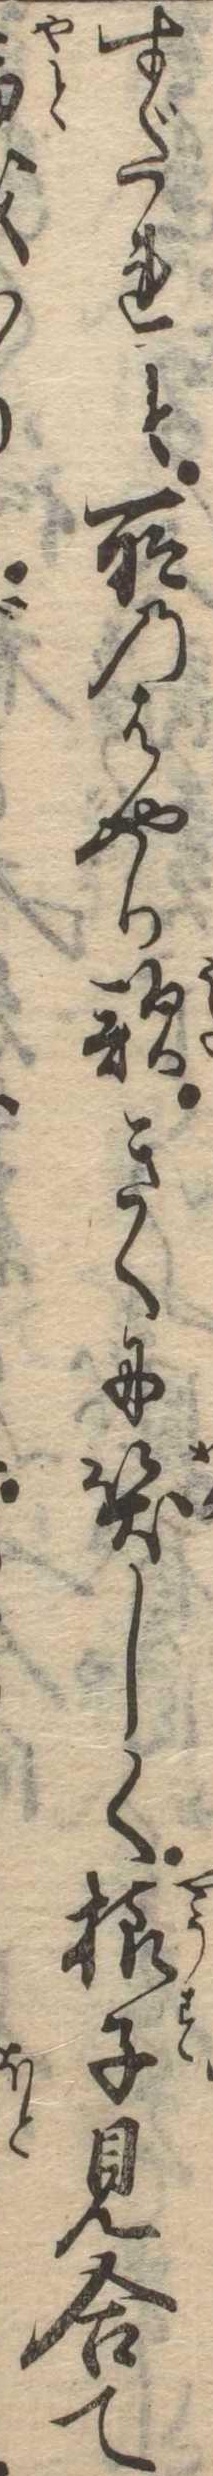
すだれと所のはやり歌きくに笑しく様子見合て